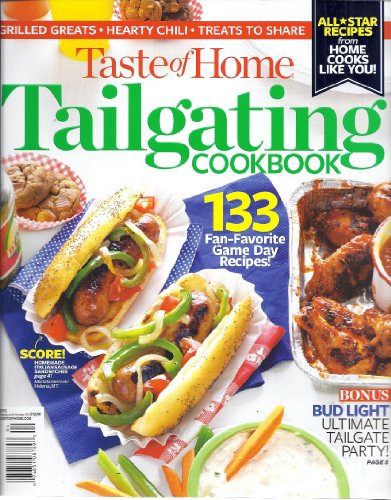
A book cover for Taste of Home Tailgating Cookbook; Cookbooks, Food & Wine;